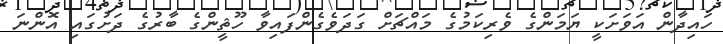
ހައިދާން އަވަށަކީ ޔަމަންގެ ވެރިކަމުގެ މައްޗަށް ގަދަވެގެންފައިވާ ހޫޘީންގެ ބާރުގެ ދަށުގައި އޮންނަ